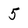
Character: 5